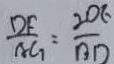
\frac { D F } { A G } = \frac { 2 D E } { B D }